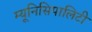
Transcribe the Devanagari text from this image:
म्यूनिसिपालिटी